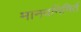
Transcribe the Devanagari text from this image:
मानवनिमिर्त